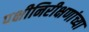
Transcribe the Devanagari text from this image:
पक्षीनिरीक्षणांच्या